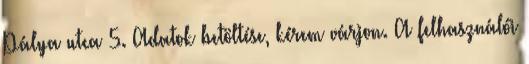
Pálya utca 5. Adatok betöltése, kérem várjon. A felhasználói